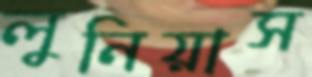
লুনিয়াস